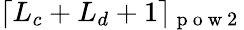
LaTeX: \lceil L_{c}+L_{d}+1\rceil_{\mathrm{~p~o~w~2~}}